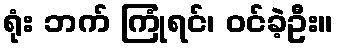
ရုံး ဘက် ကြုံရင်၊ ဝင်ခဲ့ဦး။